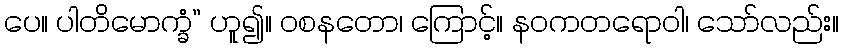
ပေ။ ပါတိမောက္ခံ” ဟူ၍။ ဝစနတော၊ ကြောင့်။ နဝကတရောဝါ၊ သော်လည်း။